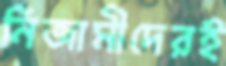
নিজামীদেরই